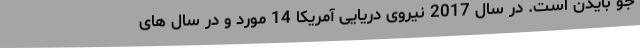
جو بایدن است. در سال 2017 نیروی دریایی آمریکا 14 مورد و در سال های